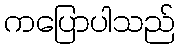
ကပြောပါသည်